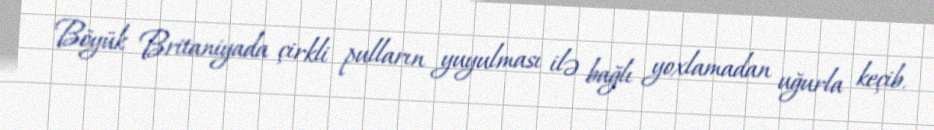
Böyük Britaniyada çirkli pulların yuyulması ilə bağlı yoxlamadan uğurla keçib.